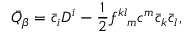
\bar { Q } _ { \beta } = \bar { c } _ { i } D ^ { i } - \frac { 1 } { 2 } f _ { \ \ m } ^ { k l } c ^ { m } \bar { c } _ { k } \bar { c } _ { l } ,